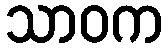
သာဝက